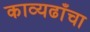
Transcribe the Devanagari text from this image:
काव्यढाँचा